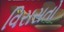
વિરાસતો